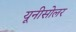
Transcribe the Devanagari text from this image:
यूनीसोलर